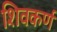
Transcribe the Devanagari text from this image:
शिवकर्ण